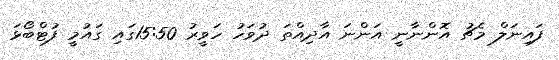
ފައިނަލް މެޗު އޮންނާނީ އަންނަ އާދިއްތަ ދުވަހު ހަވީރު 15:50ގައި ގައުމީ ފުޓްބޯޅަ